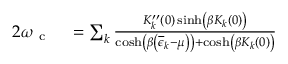
\begin{array} { r l } { 2 \omega _ { \mathrm { ~ c ~ } } } & { { } = \sum _ { k } \frac { K _ { k } ^ { \prime \prime } ( 0 ) \sinh \left( \beta K _ { k } ( 0 ) \right) } { \cosh \left( \beta \left( \overline { { \epsilon } } _ { k } - \mu \right) \right) + \cosh \left( \beta K _ { k } ( 0 ) \right) } } \end{array}